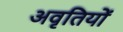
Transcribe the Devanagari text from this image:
अवृतियों